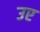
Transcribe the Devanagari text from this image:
उए